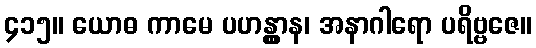
၄၁၅။ ယောဓ ကာမေ ပဟန္တွာန၊ အနာဂါရော ပရိဗ္ဗဇေ။